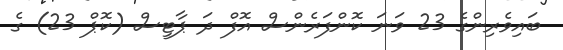
ބައިވެރިންގެ 23 ވަނަ ކޮންފަރެންސް އޮފް ދަ ޕާޓީސް (ކޮޕް 23) ގެ